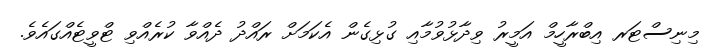
މިނިސްޓަރ އިބްރާހީމް އަމީރު ވިދާޅުވުމާއި ގުޅިގެން އެކަމަށް ރައްދު ދެއްވާ ކުރެއްވި ޓްވީޓެއްގައެވެ.